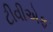
ટીવીએફ